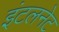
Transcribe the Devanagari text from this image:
इंटलनेट